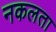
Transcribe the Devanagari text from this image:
नकलता